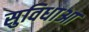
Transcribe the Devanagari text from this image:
सुविधाआ